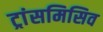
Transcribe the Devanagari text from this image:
ट्रांसमिसिव